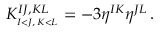
K _ { _ { I < J , \, K < L } } ^ { I J , K L } = - 3 \eta ^ { I K } \eta ^ { J L } \, .